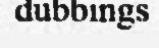
dubbings